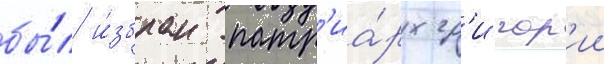
бы́л и́збран патр'иа́рх гр'игор'ии